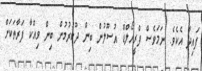
ފައިދާ އެކެވެ. ނަމަވެސް ފްރީހޯލްޑް އުސޫލުން ބިން ދޫކުރުމުން ބިން ވިއްކާ ފަރާތަކަށް